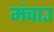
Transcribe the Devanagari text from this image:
मंचाउ